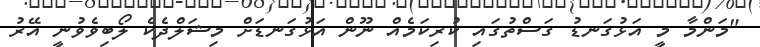
"މަންމާ މީ އަޅުގަނޑު ގަސްތުގައި ކުރިކަމެއް ނޫން އަޅުގަނޑަށް މިޝަލްދެކެ ލޯބިވެވުނީ އޭރު